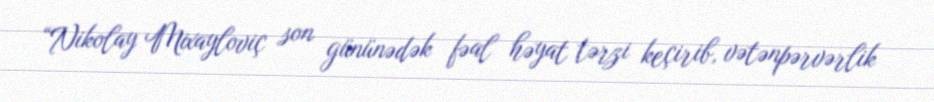
“Nikolay Mixayloviç son gününədək fəal həyat tərzi keçirib, vətənpərvərlik